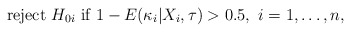
\begin{align*} \mbox{ reject } H_{0i} \mbox{ if } 1-E(\kappa_i|X_i,\tau) > 0.5, \mbox{ $i=1,\dots,n$}, \end{align*}